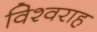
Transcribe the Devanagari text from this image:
विश्वराह